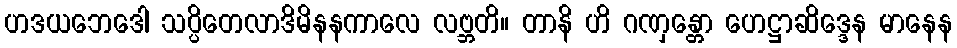
ဟဒယဘေဒေါ သပ္ပိတေလာဒိမိနနကာလေ လဗ္ဘတိ။ တာနိ ဟိ ဂဏှန္တော ဟေဋ္ဌာဆိဒ္ဒေန မာနေန